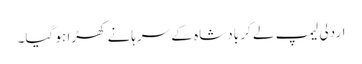
اردلی لیمپ لے کر بادشاہ کے سرہانے کھڑا ہو گیا۔